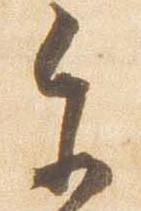
参